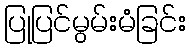
ပြုပြင်မွမ်းမံခြင်း